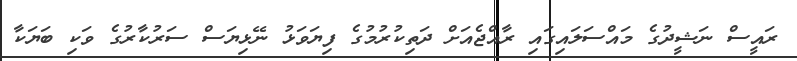
ރައީސް ނަޝީދުގެ މައްސަލައިގައި ރާއްޖެއަށް ދަތިކުރުމުގެ ފިޔަވަޅު ނޭޅިޔަސް ސަރުކާރުގެ ވަކި ބަޔަކާ